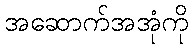
အဆောက်အအုံကို